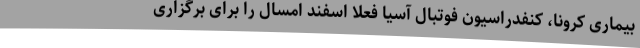
بیماری کرونا، کنفدراسیون فوتبال آسیا فعلا اسفند امسال را برای برگزاری